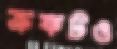
ক্রফটও